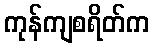
ကုန်ကျစရိတ်က